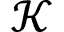
\mathcal { K }